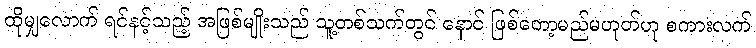
ထိုမျှလောက် ရင်နင့်သည့် အဖြစ်မျိုးသည် သူ့တစ်သက်တွင် နောင် ဖြစ်တော့မည်မဟုတ်ဟု စကားလက်